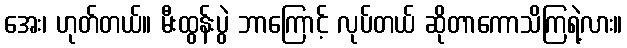
အေး၊ ဟုတ်တယ်။ မီးထွန်းပွဲ ဘာကြောင့် လုပ်တယ် ဆိုတာကောသိကြရဲ့လား။